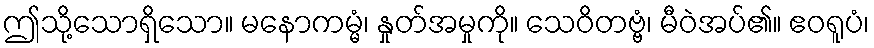
ဤသို့သောရှိသော။ မနောကမ္မံ၊ နှုတ်အမှုကို။ သေဝိတဗ္ဗံ၊ မီဝဲအပ်၏။ ဧဝရူပံ၊